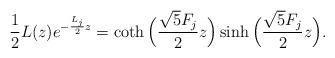
LaTeX: \begin{align*}\frac{1}{2}L(z)e^{-\frac{L_j}{2}z} = {\coth \Big(\frac{\sqrt5 F_j}{2}z\Big)} \sinh \Big(\frac{\sqrt5 F_j}{2}z\Big).\end{align*}